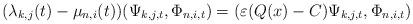
LaTeX: \begin{align*}(\lambda_{k,j}(t)-\mu_{n,i}(t))(\Psi_{k,j,t},\Phi_{n,i,t})=(\varepsilon(Q(x)-C)\Psi_{k,j,t},\Phi_{n,i,t}) \end{align*}